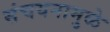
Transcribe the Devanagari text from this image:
संचयनामुळे